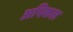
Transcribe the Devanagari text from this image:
अपिकल